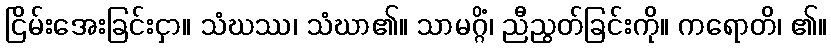
ငြိမ်းအေးခြင်းငှာ။ သံဃဿ၊ သံဃာ၏။ သာမဂ္ဂိံ၊ ညီညွတ်ခြင်းကို။ ကရောတိ၊ ၏။